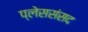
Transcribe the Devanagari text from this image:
प्लेससंसद